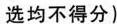
选均不得分)